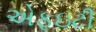
એફઇટી